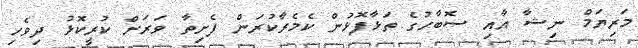
މަރިޔަމް ނިޝާ އާއި ސޮބާހުގެ ތަޅާފޮޅުން ކެމެރާކުރަން ފެށިތާ ވަރަށް ކުރީކޮޅު ދިވެހި